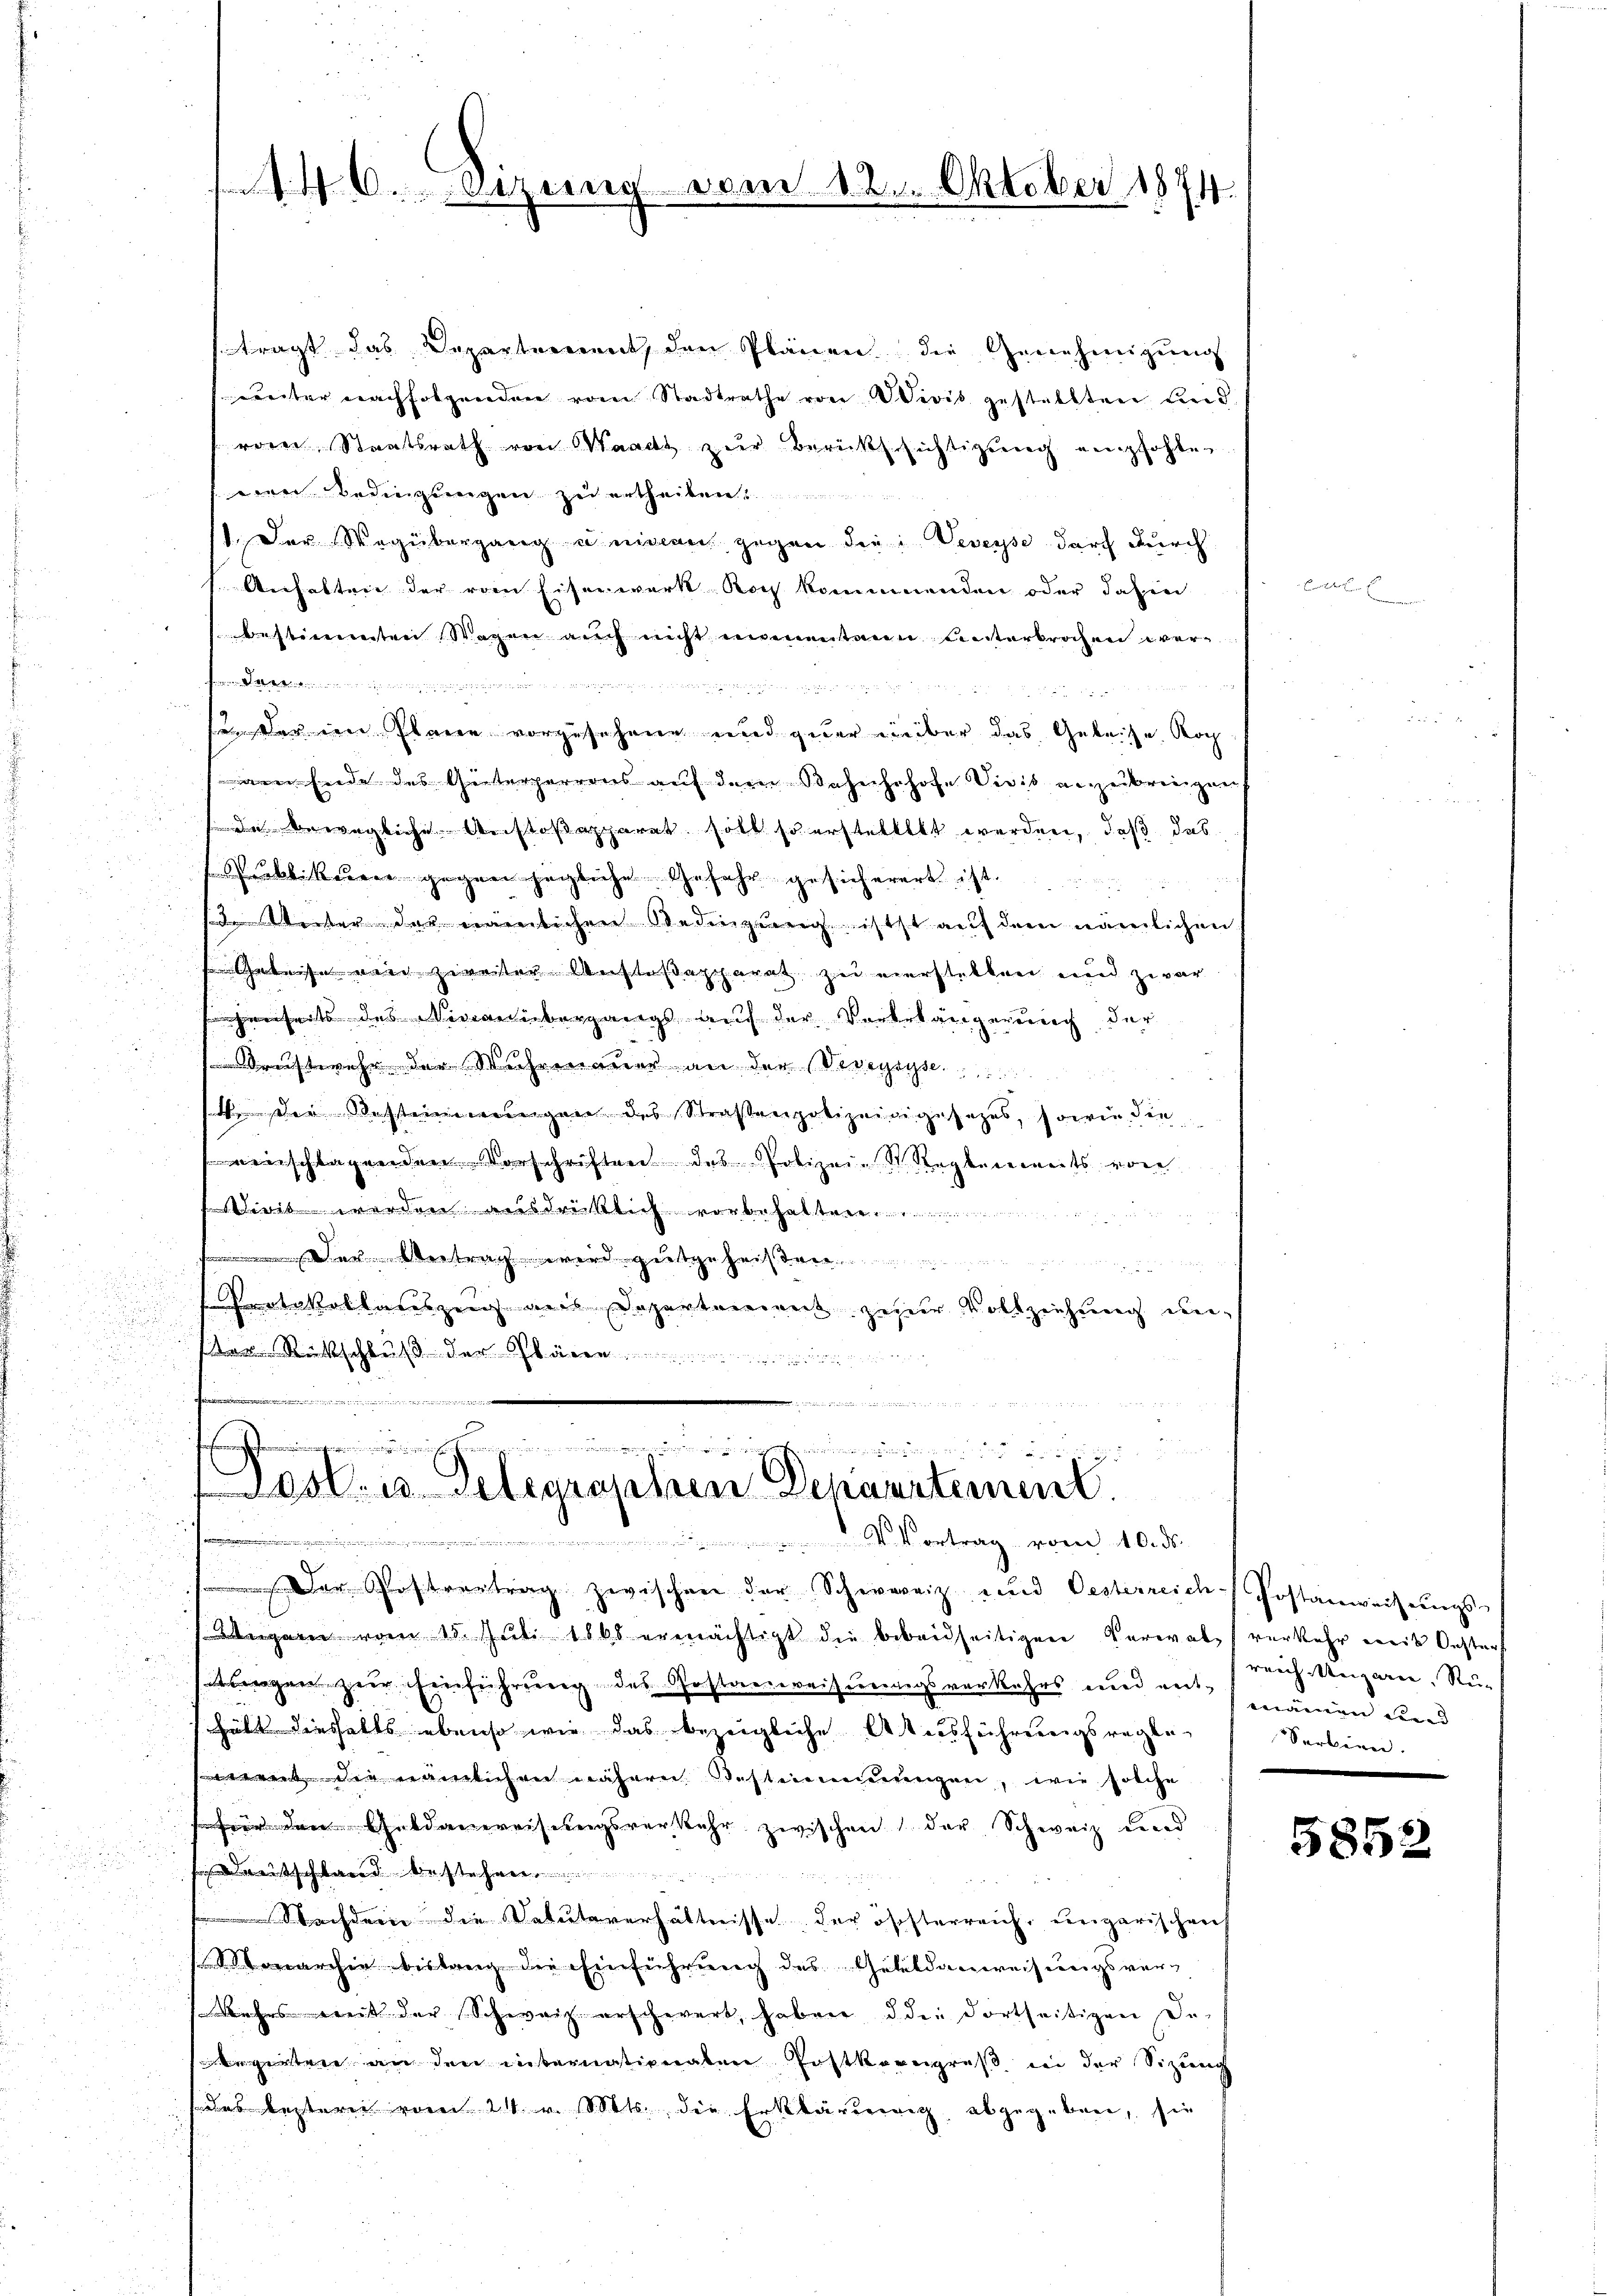
146. Digung vom 12. Oktober 1874

strägt das Departement, den Plänen die Genehmigung
weiter nachfolgenden vom Stadtrathe von Wivis gestellten Leid
roren Staatsrath von Waadt zur Berücksichtigung empfohlen
were Bedingungen zu ertheilen
11. Der Wegübergang u. malen gegen die Veveyse durch durch
Anhalten der vom Eiserwerk noch kommnenden oder dahin
bestimmten Wagen auch nicht nimentanen unterbrochen wer¬
.......... in ein
2 3
u. der ein Plane vorzusehene und zuer über das Geleise Koch
am Ende des Gütergerrens auf dem Bahnhohofe Visis anzubringen
de bewegliche Anstoßepparat soll so erstelltet werden, daß das
 Publikanere gegen jegliche Gefahr gesicherert ist.
de Weiter der nämlichen Bedingung istst auf dem nämlichen
s Geleise wäre zuweister Verstoßapparat zu verstellen und zwar
so jenseits des Niveau übergangs auf der Vorbehängerung der
raftwehr der Mehrenauer an der Veveyayse
keser ersteigen des Straßenpolizeidigesetzes, sowie die
einschlagenden Vorschriften des Polizei- St. Ragbereits von
Divis werden ausdrücklich vorbehalte
 Der Antrag wird gutgeheilten.
u
Protokollauszug aus Departement zur Vollziehung un¬
.
Von Rückschluß der Glären

n

u
eise
e

men wir augmenten ander und
ost- u Gelegraschen Departement.
e
.V. Vortrag von 10. ds.

Der Postvertrag zwischen der Schweiz und Oesterreich-Postanweisungs-
Ungarn vom 15. Jŭli 1868 ermächtigt die bebeidseitigen Verwaltsverkehr mit Oestert
wegen zur Einführung des Gostanweisungsverkehrs und vermanien werd
hält diesfalls ebenso wie das bezeigliche Ausführungsregte Serbien.
went die nämlichen nähern Bestimmungen, wie solche
 Dem Geldanweisungsverkehr zwischen der Schweiz und
reitschland bestehen.
Nachdem die Datutsverhältnisse der österreich, ungarischen
archie bislang die Einführung des Gebildenweisungsver-
Kehrs weit der Schweiz erschwert, haben die dortseitigen De-
egirten an den internationaten Postkongreß in der Sizung
des bestern vom 21. v. Mts., die Erklärtenig abgegeben, sie

e

reich Reparie, Ru

5852